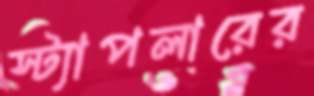
স্ট্যাপলারের